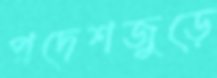
প্রদেশজুড়ে